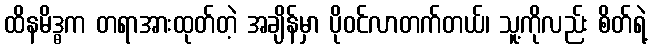
ထိနမိဒ္ဓက တရာအားထုတ်တဲ့ အချိန်မှာ ပိုဝင်လာတက်တယ်၊ သူ့ကိုလည်း စိတ်ရဲ့